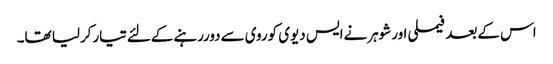
اس کےبعد فیملی اورشوہرنےایس دیوی کوروی سےدوررہنےکےلئےتیارکرلیا تھا۔